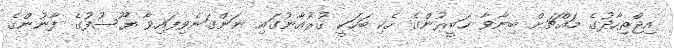
އިޖްތިހާދުގެ މައްޗަށް ބިނާވާ ޚަބީރުންގެ ހެކި ބަހަކީ ޤުރުއާނުގައި ނަންގަނެވިފައިވާ ޔޫސުފުގެ ފާނުންގެ